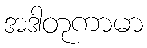
အဒါတုကာမာ